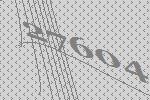
27604